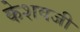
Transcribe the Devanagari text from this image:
केशवजी